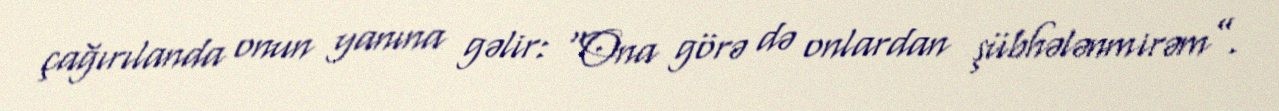
çağırılanda onun yanına gəlir: “Ona görə də onlardan şübhələnmirəm”.